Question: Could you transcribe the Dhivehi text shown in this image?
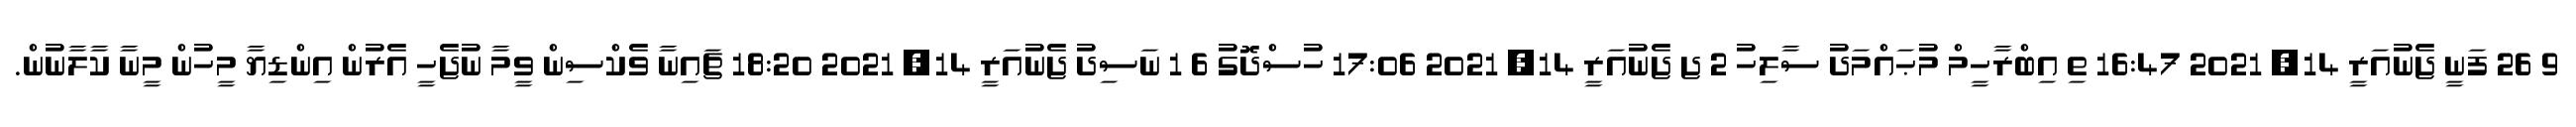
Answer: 9 26 ފަނީ ޖެނުއަރީ 14, 2021 16:47 ތި އިބްރާހީމް މުޙައްމަދު ސާލިހު 2 ޖ ޖެނުއަރީ 14, 2021 17:06 ހުސްދޮގު 6 1 ނަސިދު ޖެނުއަރީ 14, 2021 18:20 ޗައިނާ ވެކްސިން ވީމާ ނުޖެހީ އެރުން އިންޑިޔާ މީހުން މީނާ ކާލާނުން.